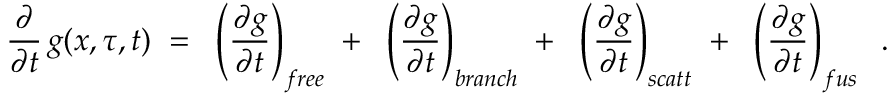
\frac { \partial } { \partial t } \, g ( x , \tau , t ) \; = \; \; \left( \frac { \partial g } { \partial t } \right) _ { f r e e } \; + \; \; \left( \frac { \partial g } { \partial t } \right) _ { b r a n c h } \; + \; \; \left( \frac { \partial g } { \partial t } \right) _ { s c a t t } \; + \; \; \left( \frac { \partial g } { \partial t } \right) _ { f u s } \; \; .